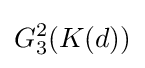
G_{3}^{2}(K(d))